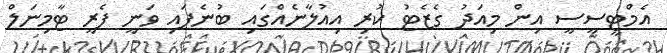
އެމްޓީސީސީ އިން މިއަދު ގެޒެޓު ކުރި އިއުލާނެއްގައި ބުނެފައި ވަނީ ފެރީ ޓާމިނަލް